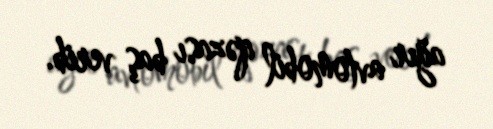
ağır avtomobil qəzası baş verib.